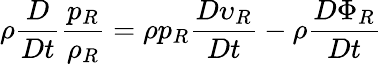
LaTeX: \rho\frac{D}{Dt}\frac{p_{R}}{\rho_{R}}=\rho p_{R}\frac{D\upsilon_{R}}{Dt}-\rho\frac{D\Phi_{R}}{Dt}